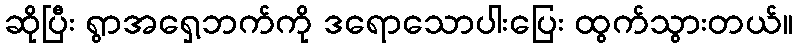
ဆိုပြီး ရွာအရှေ့ဘက်ကို ဒရောသောပါးပြေး ထွက်သွားတယ်။